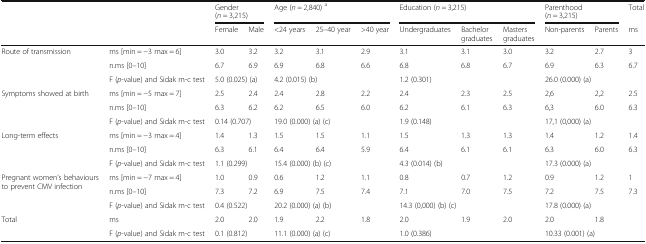
<table><thead><tr><td rowspan="2" colspan="2"></td><td colspan="2"><b>Gender (<i>n</i> = 3,215)</b></td><td colspan="3"><b>Age (<i>n</i> = 2,840) <sup>a</sup></b></td><td colspan="3"><b>Education (<i>n</i> = 3,215)</b></td><td colspan="2"><b>Parenthood (<i>n</i> = 3,215)</b></td><td><b>Total</b></td></tr><tr><td><b>Female</b></td><td><b>Male</b></td><td><b>&lt;24 years</b></td><td><b>25–40 year</b></td><td><b>&gt;40 year</b></td><td><b>Undergraduates</b></td><td><b>Bachelor graduates</b></td><td><b>Masters graduates</b></td><td><b>Non-parents</b></td><td><b>Parents</b></td><td><b>ms</b></td></tr></thead><tbody><tr><td rowspan="3">Route of transmission</td><td>ms [min = −3 max = 6]</td><td>3.0</td><td>3.2</td><td>3.2</td><td>3.1</td><td>2.9</td><td>3.1</td><td>3.1</td><td>3.0</td><td>3.2</td><td>2.7</td><td>3</td></tr><tr><td>n.ms [0–10]</td><td>6.7</td><td>6.9</td><td>6.9</td><td>6.8</td><td>6.6</td><td>6.8</td><td>6.8</td><td>6.7</td><td>6.9</td><td>6.3</td><td>6.7</td></tr><tr><td>F (<i>p</i>-value) and Sidak m-c test</td><td colspan="2">5.0 (0.025) (a)</td><td colspan="3">4.2 (0.015) (b)</td><td colspan="3">1.2 (0.301)</td><td colspan="2">26.0 (0.000) (a)</td><td></td></tr><tr><td rowspan="3">Symptoms showed at birth</td><td>ms [min = −5 max = 7]</td><td>2.5</td><td>2.4</td><td>2.4</td><td>2.8</td><td>2.2</td><td>2.4</td><td>2.3</td><td>2.5</td><td>2,6</td><td>2,2</td><td>2.5</td></tr><tr><td>n.ms [0–10]</td><td>6.3</td><td>6.2</td><td>6.2</td><td>6.5</td><td>6.0</td><td>6.2</td><td>6.1</td><td>6.3</td><td>6,3</td><td>6.0</td><td>6.3</td></tr><tr><td>F (<i>p</i>-value) and Sidak m-c test</td><td colspan="2">0.14 (0.707)</td><td colspan="3">19.0 (0.000) (a) (c)</td><td colspan="3">1.9 (0.148)</td><td colspan="2">17,1 (0,000) (a)</td><td></td></tr><tr><td rowspan="3">Long-term effects</td><td>ms [min = −3 max = 4]</td><td>1.4</td><td>1.3</td><td>1.5</td><td>1.5</td><td>1.1</td><td>1.5</td><td>1.3</td><td>1.3</td><td>1.4</td><td>1.2</td><td>1.4</td></tr><tr><td>n.ms [0–10]</td><td>6.3</td><td>6.1</td><td>6.4</td><td>6.4</td><td>5.9</td><td>6.4</td><td>6.1</td><td>6.1</td><td>6.3</td><td>6.0</td><td>6.3</td></tr><tr><td>F (<i>p</i>-value) and Sidak m-c test</td><td colspan="2">1.1 (0.299)</td><td colspan="3">15.4 (0.000) (b) (c)</td><td colspan="3">4.3 (0.014) (b)</td><td colspan="2">17.3 (0.000) (a)</td><td></td></tr><tr><td rowspan="3">Pregnant women’s behaviours to prevent CMV infection</td><td>ms [min = −7 max = 4]</td><td>1.0</td><td>0.9</td><td>0.6</td><td>1.2</td><td>1.1</td><td>0.8</td><td>0.7</td><td>1.2</td><td>0.9</td><td>1.2</td><td>1</td></tr><tr><td>n.ms [0–10]</td><td>7.3</td><td>7.2</td><td>6.9</td><td>7.5</td><td>7.4</td><td>7.1</td><td>7.0</td><td>7.5</td><td>7.2</td><td>7.5</td><td>7.3</td></tr><tr><td>F (<i>p</i>-value) and Sidak m-c test</td><td colspan="2">0.4 (0.522)</td><td colspan="3">20.2 (0.000) (a) (b)</td><td colspan="3">14.3 (0,000) (b) (c)</td><td colspan="2">17.8 (0.000) (a)</td><td></td></tr><tr><td rowspan="2">Total</td><td>ms</td><td>2.0</td><td>2.0</td><td>1.9</td><td>2.2</td><td>1.8</td><td>2.0</td><td>1.9</td><td>2.0</td><td>2.0</td><td>1.8</td><td></td></tr><tr><td>F (<i>p</i>-value) and Sidak m-c test</td><td colspan="2">0.1 (0.812)</td><td colspan="3">11.1 (0.000) (a) (c)</td><td colspan="3">1.0 (0.386)</td><td colspan="2">10.33 (0.001) (a)</td><td></td></tr></tbody></table>